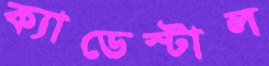
ক্যাডেস্টাল